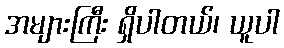
အများကြီး ရှိပါတယ်၊ ယူပါ